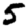
Digit: 5